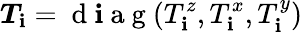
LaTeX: \boldsymbol{T_{\mathbf{i}}}=\mathrm{{~d~\mathbf{i}~a~g~}}(T_{\mathbf{i}}^{z},T_{\mathbf{i}}^{x},T_{\mathbf{i}}^{y})